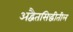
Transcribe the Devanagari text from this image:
अद्वैतसिद्धीतील